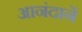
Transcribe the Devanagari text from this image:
आनंदानें